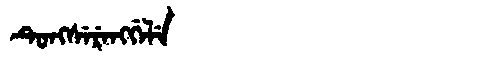
Manchu: ᡨᡠᠩᠰᡝᡵᡝᠩᡤᡝᠯᡝ
Romanization: TUNGSERENGGELE